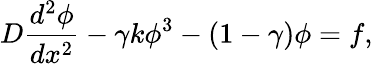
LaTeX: D\frac{d^{2}\phi}{dx^{2}}-\gamma k\phi^{3}-(1-\gamma)\phi=f,